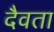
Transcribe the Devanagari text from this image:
दैवता